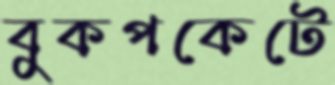
বুকপকেটে